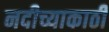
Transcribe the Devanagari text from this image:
नदीच्याकाठी